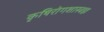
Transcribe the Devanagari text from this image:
कृषिरोगशास्त्रज्ञ